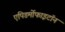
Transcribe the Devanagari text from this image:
एपिडर्मोफाइटॉन